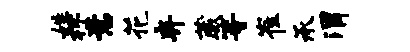
姓杯意花弃葳等崔承渭